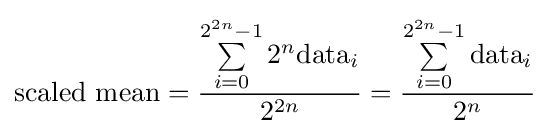
{\mbox{scaled mean}}={\frac {\sum \limits _{i=0}^{2^{2n}-1}2^{n}{\text{data}}_{i}}{2^{2n}}}={\frac {\sum \limits _{i=0}^{2^{2n}-1}{\text{data}}_{i}}{2^{n}}}